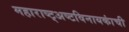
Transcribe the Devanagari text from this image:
महाराष्ट्अष्टविनायकांची